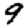
Digit: 9